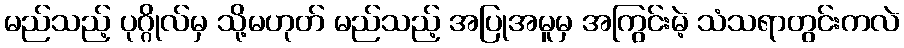
မည်သည့် ပုဂ္ဂိုလ်မှ သို့မဟုတ် မည်သည့် အပြုအမူမှ အကြွင်းမဲ့ သံသရာတွင်းကလဲ